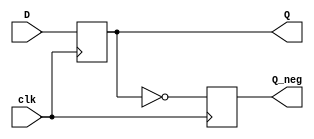
module bistabil_D(
    input clk,
    input D,
    output reg Q,
    output reg Q_neg
    );
    
    always @ (posedge clk)
    begin

    Q<=D;
    Q_neg <=!Q;
    
    end
endmodule